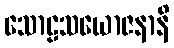
သောဠသယောဇနာနိ